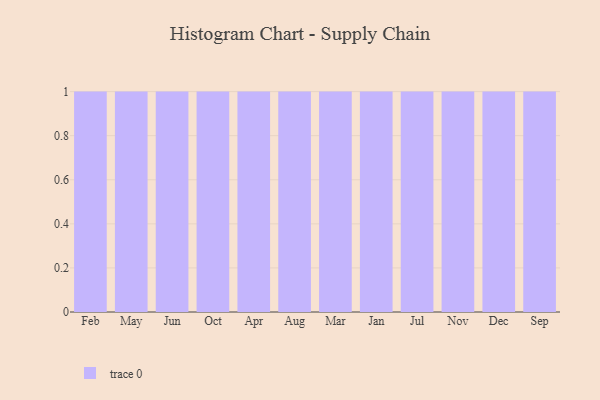
{"axis": {"x": "Month", "y": "Inventory Turnover"}, "legend": [""], "data": [{"x": "Feb", "y": 26, "type": ""}, {"x": "May", "y": 57, "type": ""}, {"x": "Jun", "y": 21, "type": ""}, {"x": "Oct", "y": 24, "type": ""}, {"x": "Apr", "y": 84, "type": ""}, {"x": "Aug", "y": 69, "type": ""}, {"x": "Mar", "y": 14, "type": ""}, {"x": "Jan", "y": 41, "type": ""}, {"x": "Jul", "y": 79, "type": ""}, {"x": "Nov", "y": 97, "type": ""}, {"x": "Dec", "y": 73, "type": ""}, {"x": "Sep", "y": 93, "type": ""}]}